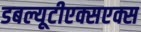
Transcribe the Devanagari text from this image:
डबल्यूटीएक्सएक्स